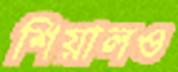
শিয়ালও